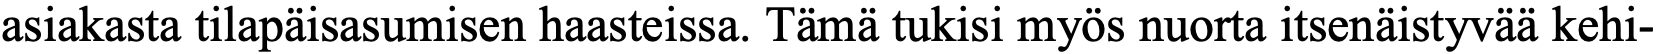
asiakasta tilapäisasumisen haasteissa. Tämä tukisi myös nuorta itsenäistyvää kehi-